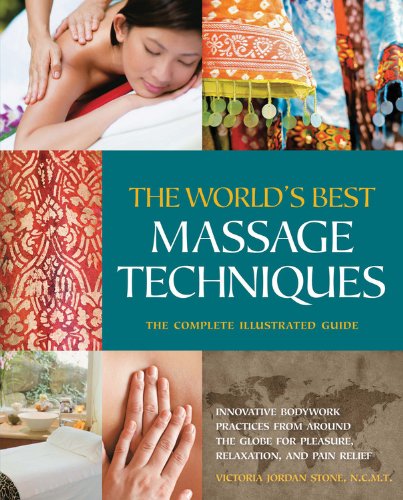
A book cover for The World's Best Massage Techniques The Complete Illustrated Guide: Innovative Bodywork Practices From Around the Globe for Pleasure, Relaxation, and Pain Relief; Victoria Stone; Health, Fitness & Dieting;